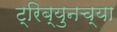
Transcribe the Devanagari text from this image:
ट्रिब्युनच्या